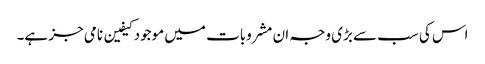
اس کی سب سے بڑی وجہ ان مشروبات میں موجود کیفین نامی جز ہے۔